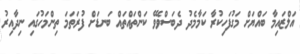
އަލްޒައިމާ ބައްޔަށް މަގުފަހިކުރާ ކަމާމެދު ދެބަސްވެވޭ ކަންތައްތައް ބަނޑަށް ފުރަތަމަ ތިންމަހުގައި ނިދާއިރު